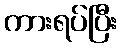
ကားရပ်ပြီး